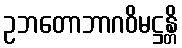
ဥဘတောဘာဂဝိမဋ္ဌန္တိ